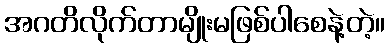
အဂတိလိုက်တာမျိုးမဖြစ်ပါစေနဲ့တဲ့။